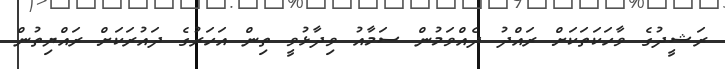
ރަޝީދުގެ ވާހަކަތަކަށް ރައްދު ދެއްވަމުން ސަމާއު ވިދާޅުވީ ތިން އަހަރުގެ ދައުރަކަށް ރައްޔިތުން